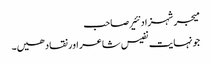
میجر شہزاد نئیر صاحب
جونہایت نفیس شاعر اور نقاد ھیں۔